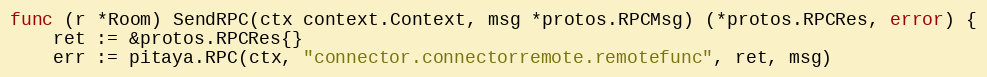
Language: Go
func (r *Room) SendRPC(ctx context.Context, msg *protos.RPCMsg) (*protos.RPCRes, error) {
	ret := &protos.RPCRes{}
	err := pitaya.RPC(ctx, "connector.connectorremote.remotefunc", ret, msg)